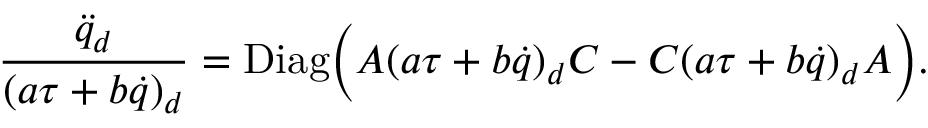
{ \frac { { \ddot { q } } _ { d } } { ( a \tau + b \dot { q } ) _ { d } } } = \mathrm { D i a g } \Big ( A ( a \tau + b \dot { q } ) _ { d } C - C ( a \tau + b \dot { q } ) _ { d } A \Big ) .